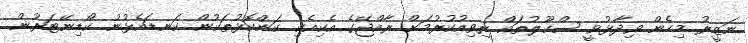
ނަޒީރު މިހެން ވިދާޅުވީ ސްކޫލުތައް ރިވިއުކުރުމަށް ރާއްޖޭގެ އެކިއެކި ކަންކޮޅުތަކުން ކަނޑައެޅުނު ކޯޑިނޭޓަރުން